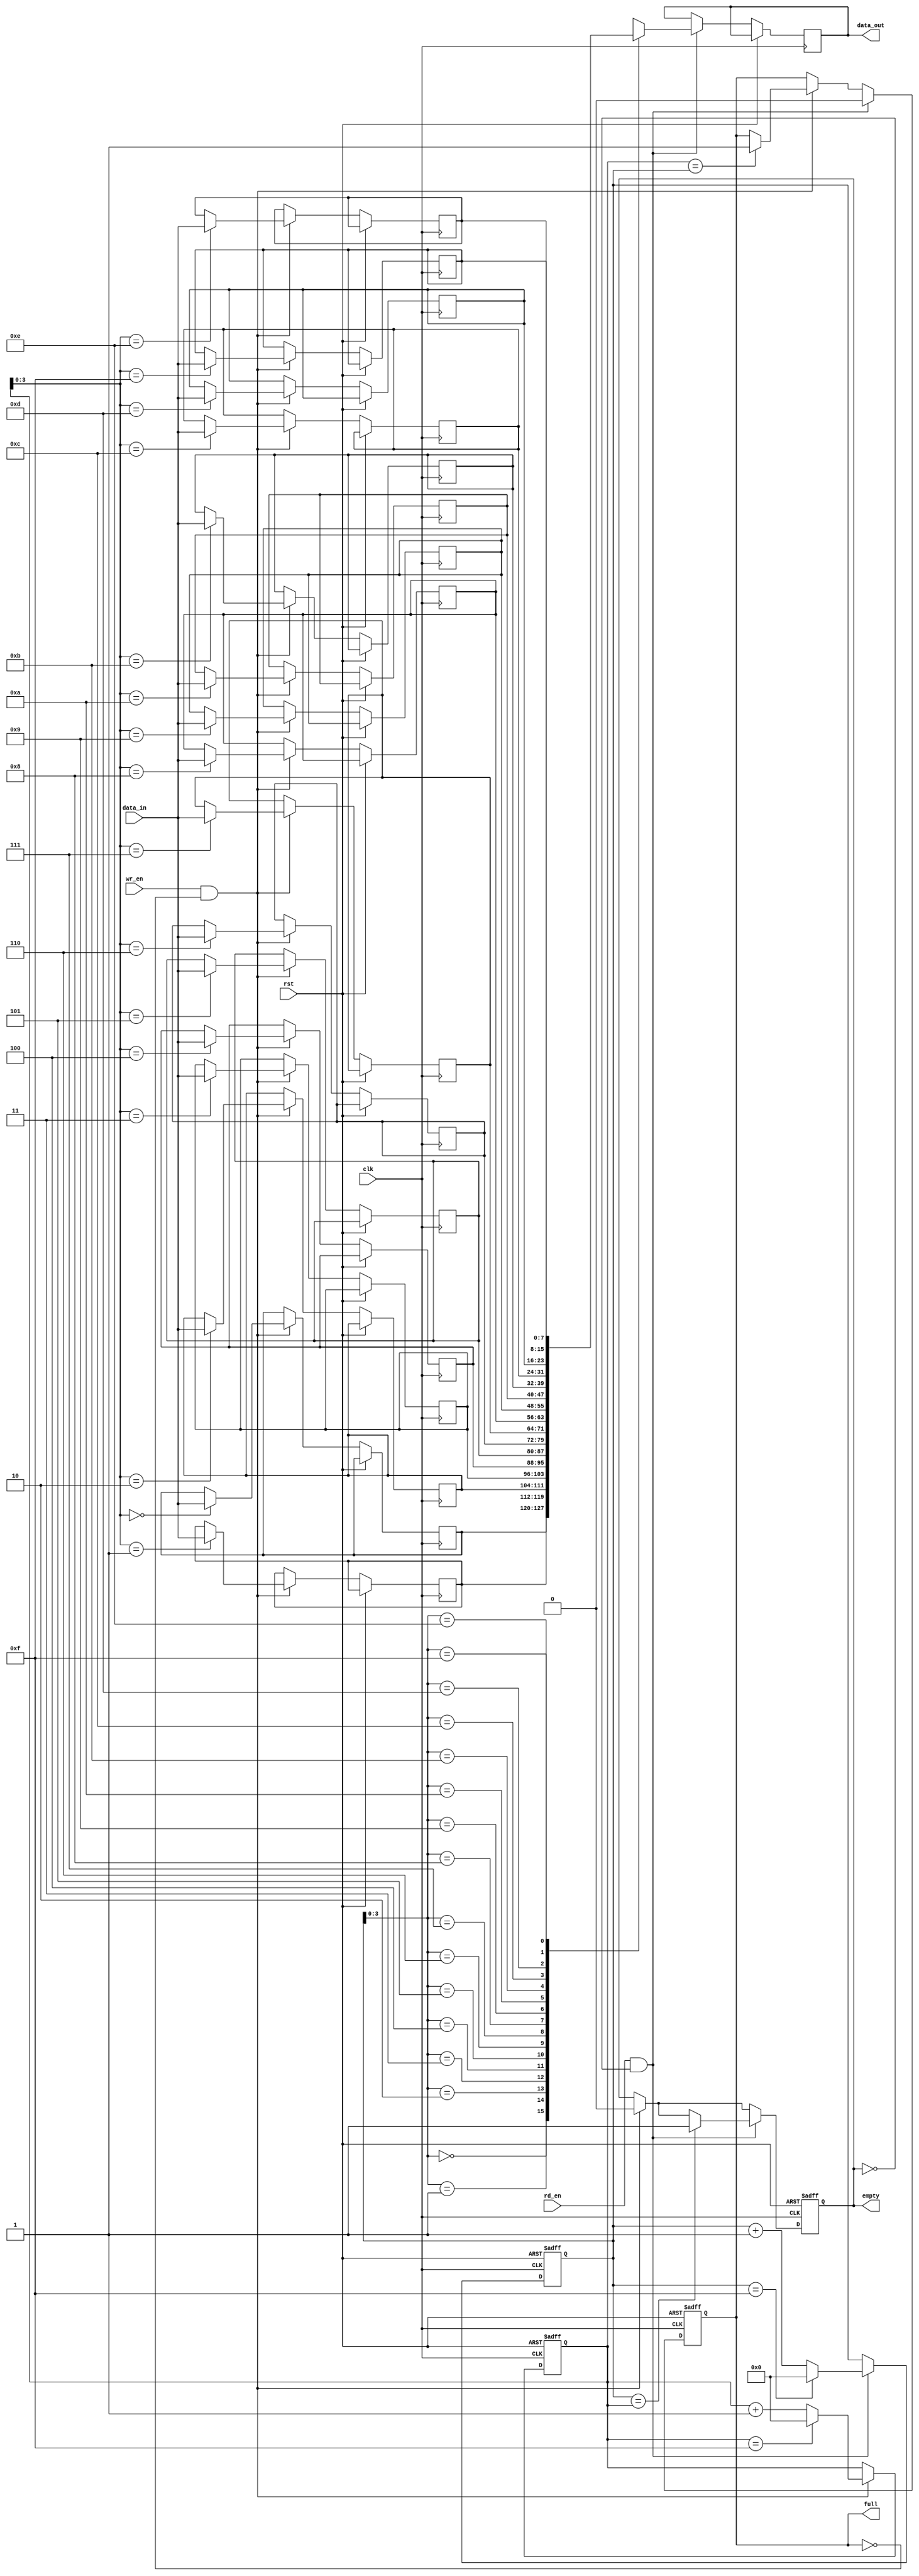
module circular_fifo (
    input clk,
    input rst,
    input wr_en,
    input rd_en,
    input [DATA_WIDTH-1:0] data_in,
    output reg [DATA_WIDTH-1:0] data_out,
    output reg full,
    output reg empty
);

parameter DEPTH = 16; // Depth of the FIFO
parameter DATA_WIDTH = 8; // Width of each data word

reg [DATA_WIDTH-1:0] memory [0:DEPTH-1];
reg [DATA_WIDTH-1:0] read_pointer;
reg [DATA_WIDTH-1:0] write_pointer;

always @(posedge clk or posedge rst) begin
    if (rst) begin
        read_pointer <= 0;
        write_pointer <= 0;
        full <= 0;
        empty <= 1;
    end else begin
        if (wr_en && !full) begin
            memory[write_pointer] <= data_in;
            write_pointer <= (write_pointer == DEPTH-1) ? 0 : write_pointer + 1;
            empty <= 0;
            if (write_pointer == read_pointer) begin
                full <= 1;
            end
        end

        if (rd_en && !empty) begin
            data_out <= memory[read_pointer];
            read_pointer <= (read_pointer == DEPTH-1) ? 0 : read_pointer + 1;
            full <= 0;
            if (read_pointer == write_pointer) begin
                empty <= 1;
            end
        end
    end
end

endmodule